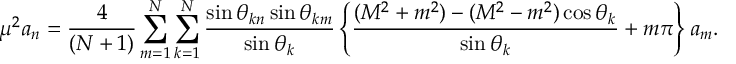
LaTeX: \mu ^ { 2 } a _ { n } = \frac { 4 } { ( N + 1 ) } \sum _ { m = 1 } ^ { N } \sum _ { k = 1 } ^ { N } \frac { \sin \theta _ { k n } \sin \theta _ { k m } } { \sin \theta _ { k } } \left\{ \frac { ( M ^ { 2 } + m ^ { 2 } ) - ( M ^ { 2 } - m ^ { 2 } ) \cos \theta _ { k } } { \sin \theta _ { k } } + m \pi \right\} a _ { m } .